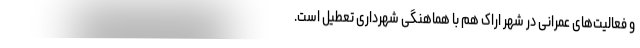
و فعالیت‌های عمرانی در شهر اراک هم با هماهنگی شهرداری تعطیل است.